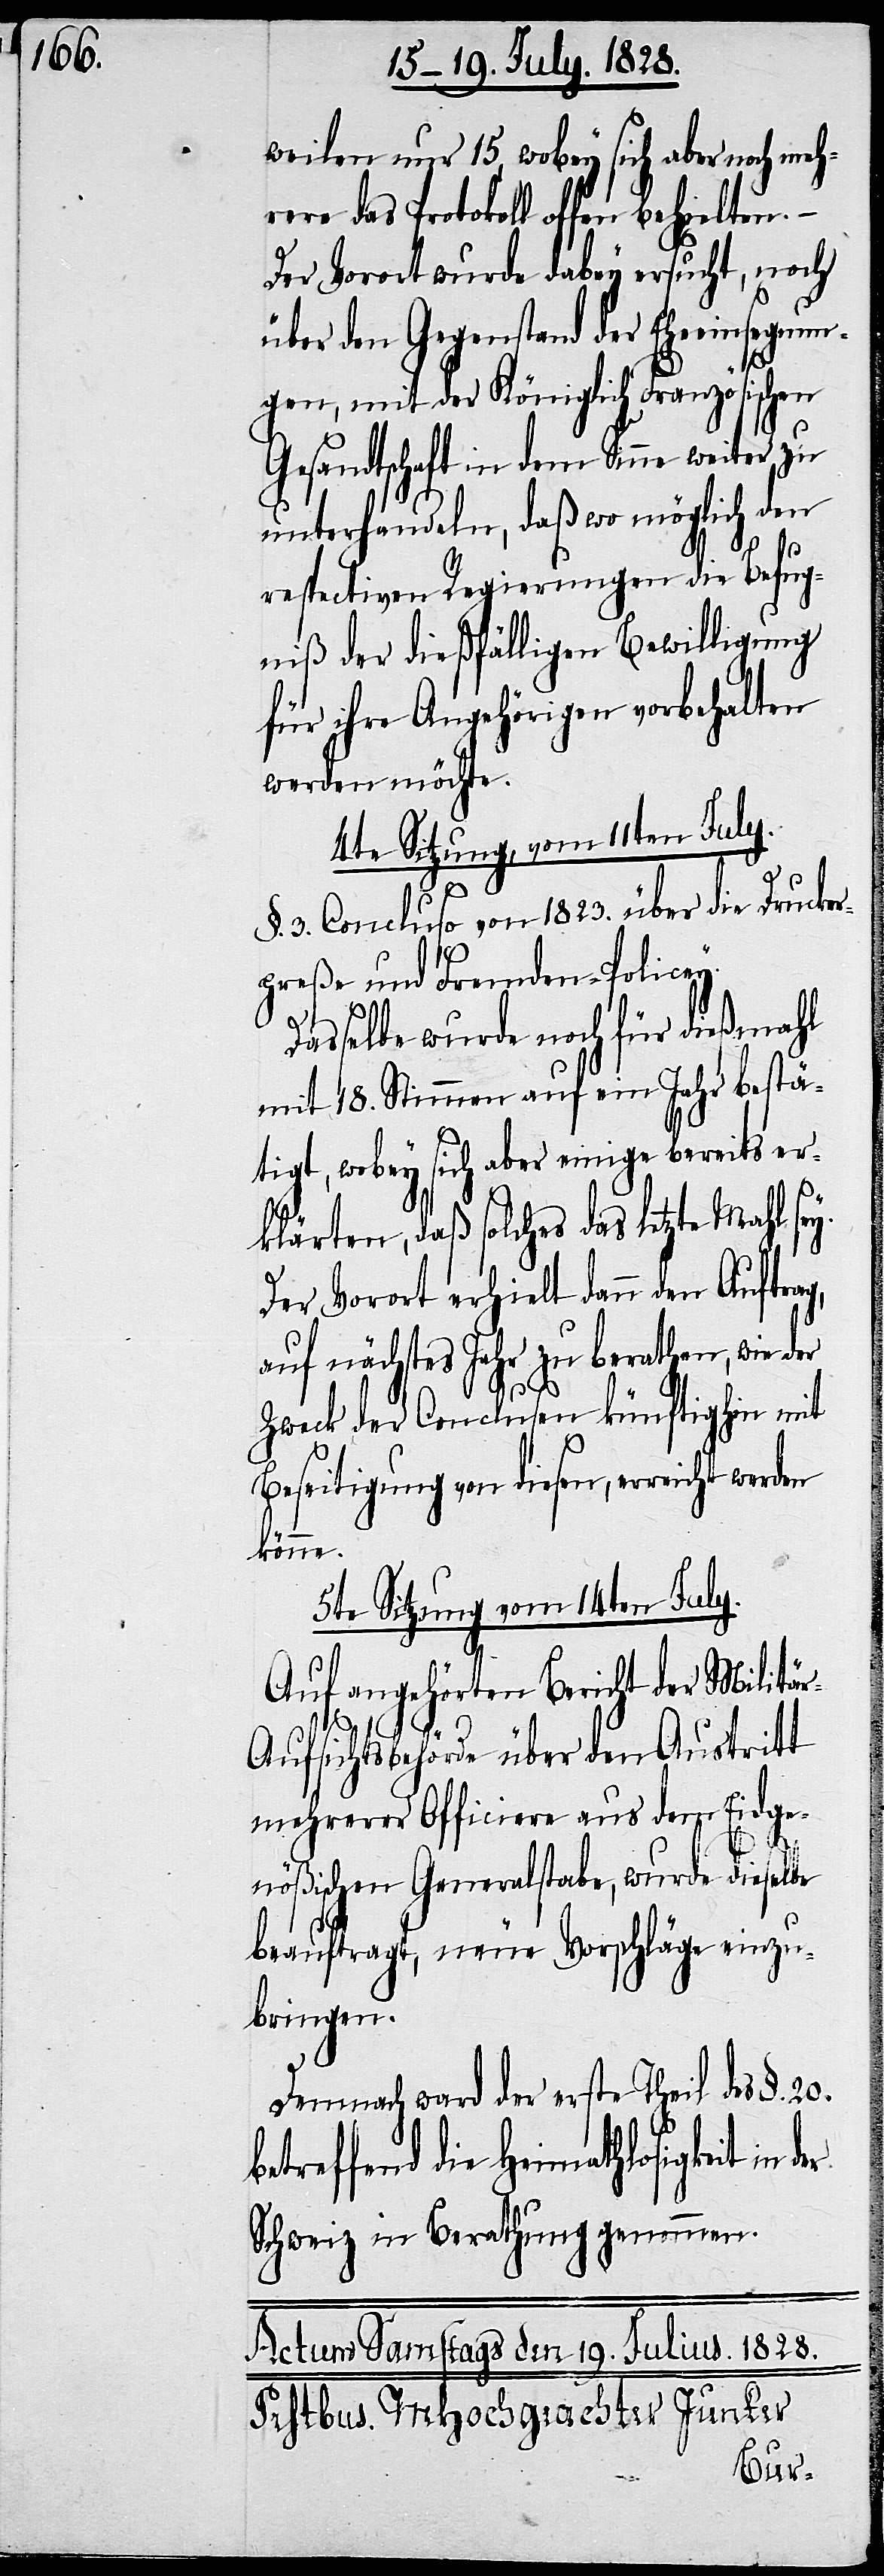
weilen nur 15, wobey sich aber noch meh¬
rere das Protokoll offen behielten.
Der Vorort wurde dabey ersucht, noch
über den Gegenstand der Eheeinsegnun¬
gen, mit der Königlich Französischen
Gesandtschaft in dem Sinne weiter zu
unterhandeln, daß wo möglich den
respectiven Regierungen die Befug¬
niß der dießfälligen Bewilligung
für ihre Angehörigen vorbehalten
werden möchte.
4te Sitzung, vom 11ten July.
§. 3. Concluso von 1823. über die Drucker¬
preße und Fremden-Policey.
Dasselbe wurde noch für dießmahl
mit 18. Stimmen auf ein Jahr bestä¬
tigt, wobey sich aber einige bereits er¬
klärten, daß solches das letzte Mahl sey.
Der Vorort erhielt dann den Auftrag,
auf nächstes Jahr zu berathen, wie der
Zweck der Conclusen künftighin mit
Beseitigung von diesen, erreicht werden
könne.
5te Sitzung vom 14ten July.
Auf angehörten Bericht der Militär-A¬
ufsichtsbehörde über den Austritt
mehrerer Officiere aus dem Eidge¬
nößischen Generalstabe, wurde dieselbe
beauftragt, neue Vorschläge einzu¬
bringen.
Demnach ward der erste Theil des §. 20.
betreffend die Heimathlosigkeit in
Schweiz in Berathung genommen.